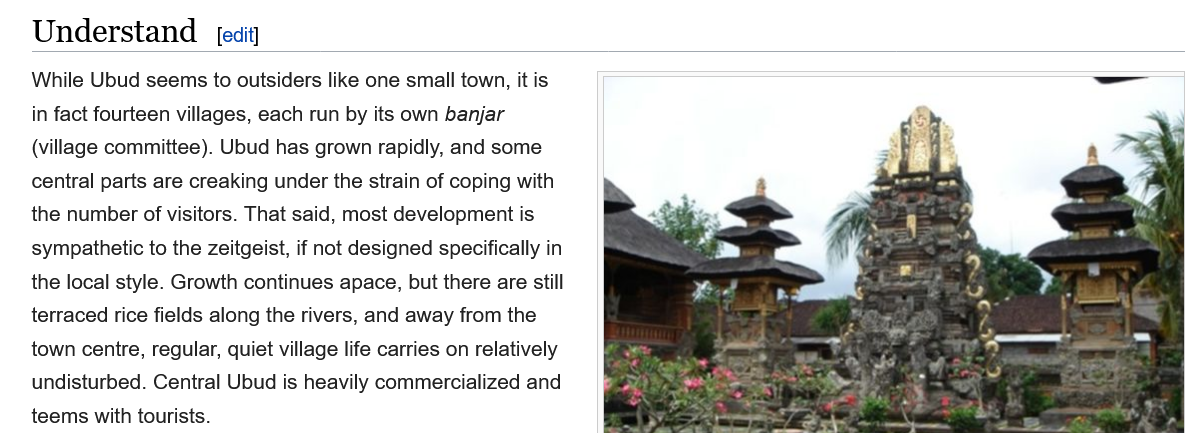
Understand    [edit]
    While Ubud  seems to outsiders like one small town, it is
    in fact fourteen villages, each run by its own banjar
    (village committee). Ubud has grown rapidly, and some
    central parts are creaking under the strain of coping with
    the number of visitors. That said, most development is
    sympathetic to the zeitgeist, if not designed specifically in
    the local style. Growth continues apace, but there are still
    terraced rice fields along the rivers, and away from the
    town centre, regular, quiet village life carries on relatively
    undisturbed. Central Ubud is heavily commercialized and
    teems with tourists.